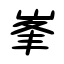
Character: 峯